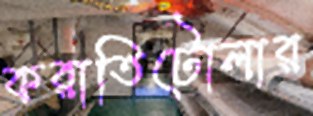
করাতিটোলার